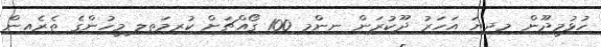
ހުޅުމީދޫން މިދިޔަ އަހަރު ދޫކުރަން ނިންމި 100 ގޯއްޗަށް ކުރިމަތިލި މީހުންގެ ތެރެއިން